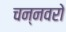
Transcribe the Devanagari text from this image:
चन्नवरो